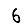
Digit: 6